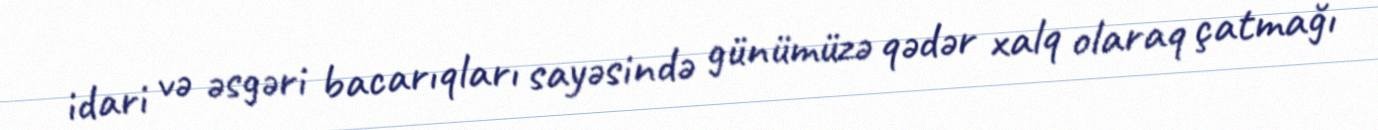
idari və əsgəri bacarıqları sayəsində günümüzə qədər xalq olaraq çatmağı